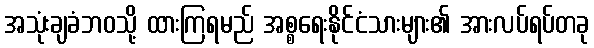
အသုံးချခံဘဝသို့ ထားကြရမည် အစ္စရေးနိုင်ငံသားများ၏ အားလပ်ရပ်တခု